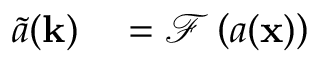
\begin{array} { r l } { \tilde { a } ( \mathbf { k } ) } & { { } = \mathcal { F } \left( a ( \mathbf { x } ) \right) } \end{array}